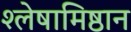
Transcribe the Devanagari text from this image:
श्लेषामिष्ठान